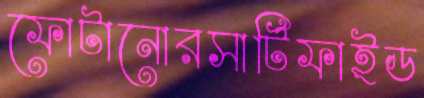
ফোটানোরসার্টিফাইড